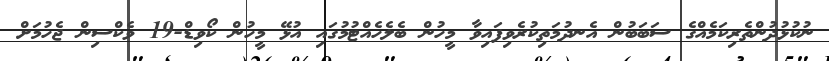
ނުކުޅުދުންތެރިކަމެއްގެ ސަބަބުން އެނދުމަތިކުރެވިފައިވާ މީހުން ބެލެހެއްޓުމުގައި އުޅޭ މީހުން ކޯވިޑް-19 ވެކްސިން ޖެހުމަށް